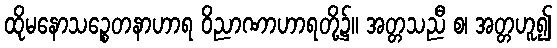
ထိုမနောသဉ္စေတနာဟာရ ဝိညာဏာဟာရတို့၌။ အတ္တသညီ စ၊ အတ္တဟူ၍